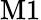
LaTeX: \mathrm{M1}